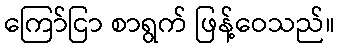
ကြော်ငြာ စာရွက် ဖြန့်ဝေသည်။